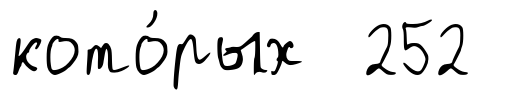
кото́рых 252